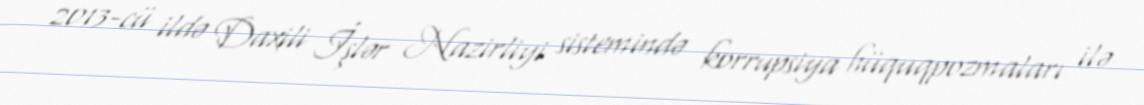
2013-cü ildə Daxili İşlər Nazirliyi sistemində korrupsiya hüquqpozmaları ilə